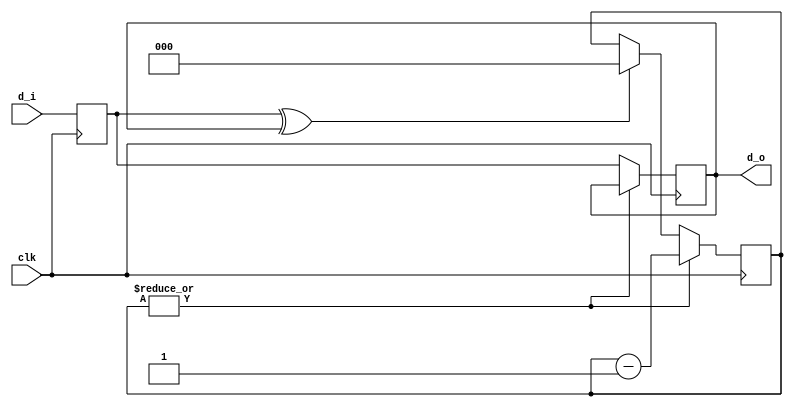
module debouncer #(
  parameter CN = 8,         // counter number (sequence length)
  parameter CW = $clog2(CN) // counter width in bits
)(
  input      clk,           // clock
  input      d_i,           // debouncer input
  output reg d_o            // debouncer output
);

reg [CW-1:0] cnt;           // counter
reg          d_r;           // input register

// TODO, check if this is done acording to Altera specifications
initial cnt <= 0;

// prevention of metastability problems
always @ (posedge clk)
d_r <= d_i;

// the counter should start running on a change
always @ (posedge clk)
if (|cnt)          cnt <= cnt - 1;
else if (d_r^d_o)  cnt <= CN;

// when the counter is zero the output should follow the input
always @ (posedge clk)
if (~|cnt) d_o <= d_r;

endmodule